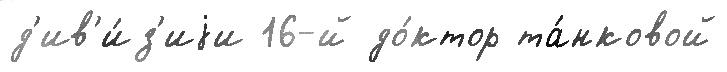
д'ив'и́з'иjи 16-й до́ктор та́нковой